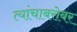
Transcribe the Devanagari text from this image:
त्यांचाबरोबर